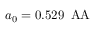
a _ { 0 } = 0 . 5 2 9 \, \mathrm { \ A A }